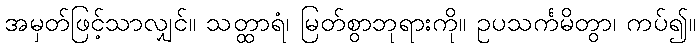
အမှတ်ဖြင့်သာလျှင်။ သတ္ထာရံ၊ မြတ်စွာဘုရားကို။ ဥပသင်္ကမိတွာ၊ ကပ်၍။